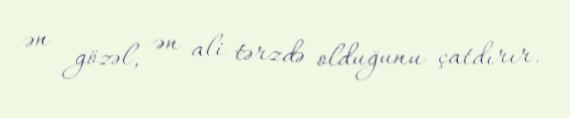
ən gözəl, ən ali tərzdə olduğunu çatdırır.